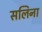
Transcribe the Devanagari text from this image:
सलिना